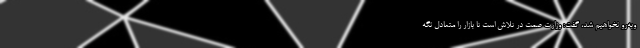
وبه‌رو نخواهیم شد، گفت: وزارت صمت در تلاش است تا بازار را متعادل نگه